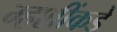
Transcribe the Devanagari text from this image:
म्हशींकडे